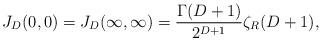
LaTeX: \begin{align*} J_D(0,0)=J_D(\infty ,\infty )=\frac{\Gamma (D+1)}{2^{D+1}}\zeta _R(D+1),\end{align*}